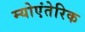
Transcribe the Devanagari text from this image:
म्योएंतेरिक